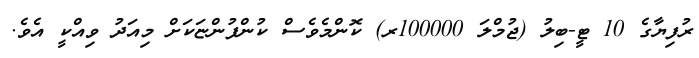
ރުފިޔާގެ 10 ޓީ-ބިލު (ޖުމްލަ 100000ރ) ކޮންމެވެސް ކުންފުންޏަކަށް މިއަދު ވިއްކީ އެވެ.